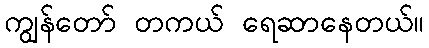
ကျွန်တော် တကယ် ရေဆာနေတယ်။